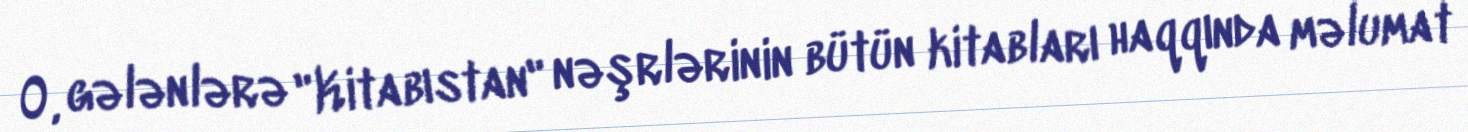
O, gələnlərə "Kitabıstan" nəşrlərinin bütün kitabları haqqında məlumat